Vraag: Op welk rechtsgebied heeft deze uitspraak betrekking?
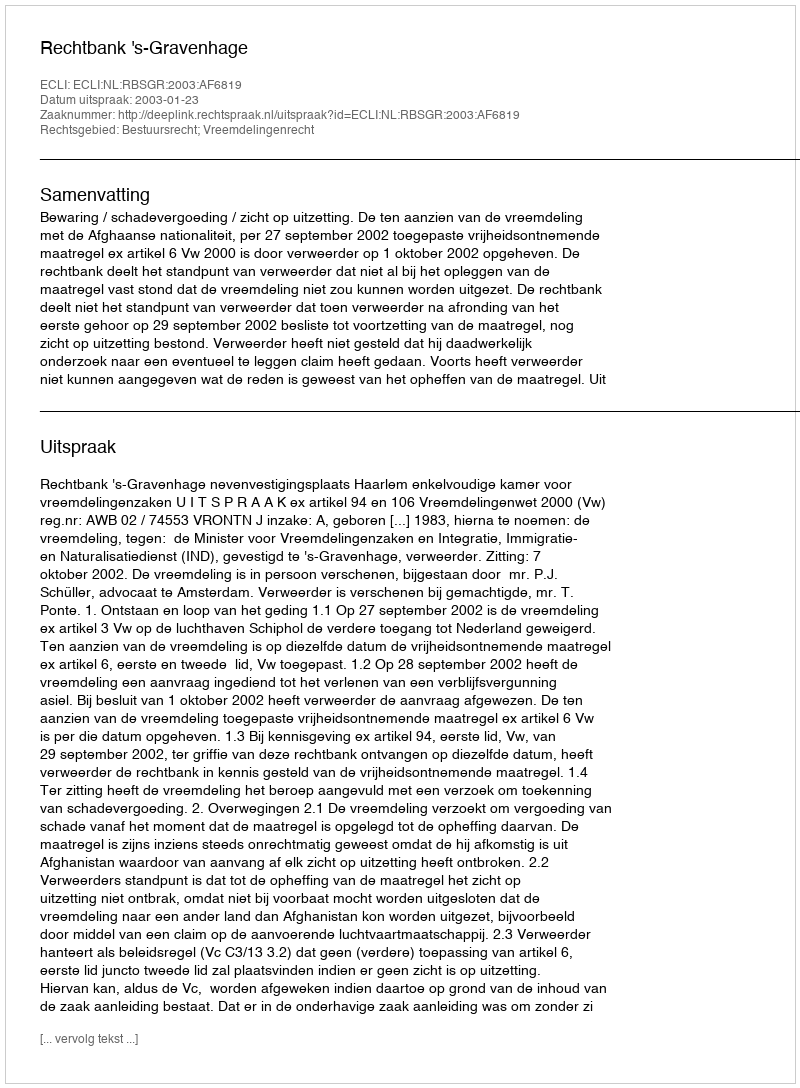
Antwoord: Bestuursrecht; Vreemdelingenrecht